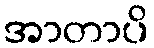
အာတာပိ